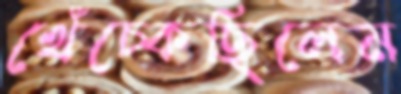
খেঁচ্‌কেছিলেম